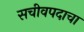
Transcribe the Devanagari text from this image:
सचीवपदाचा